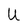
Character: U